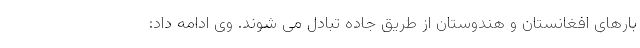
بارهای افغانستان و هندوستان از طریق جاده تبادل می شوند. وی ادامه داد: